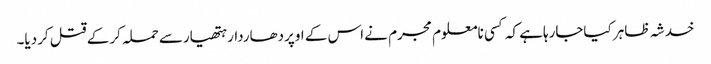
خدشہ ظاہر کیاجارہاہے کہ کسی نامعلوم مجرم نے اس کے اوپردھاردارہتھیارسے حملہ کرکے قتل کردیا۔